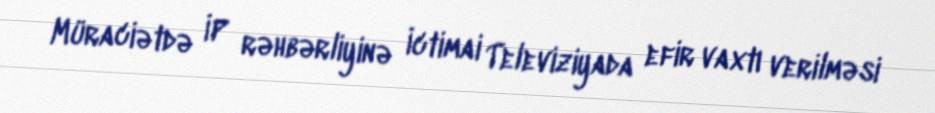
Müraciətdə İP rəhbərliyinə İctimai Televiziyada efir vaxtı verilməsi